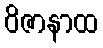
ဝိဇာနာထ